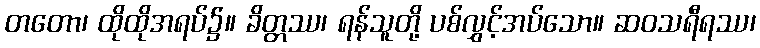
တတော၊ ထိုထိုအရပ်၌။ ခိတ္တဿ၊ ရန်သူတို့ ပစ်လွှင့်အပ်သော။ ဆဝသရီရဿ၊